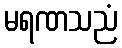
မရဏသညံ